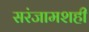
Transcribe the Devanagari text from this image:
सरंजामशही